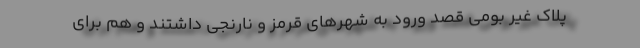
پلاک غیر بومی قصد ورود به شهر‌های قرمز و نارنجی داشتند و هم برای